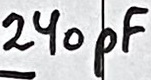
Text: 240pF